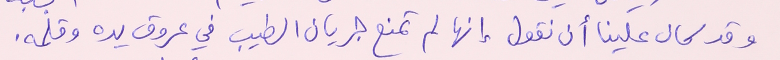
وقد كان علينا أن نقول إنها لم تمنع جريان الطيب في عروق يده وقلمه.